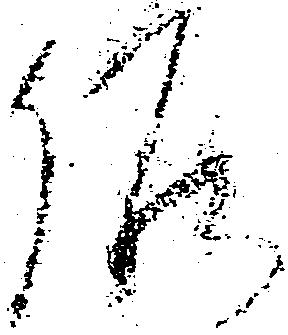
候